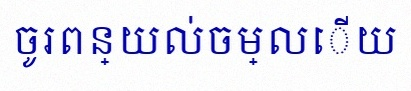
ចូរពន្យល់ចម្លើយ